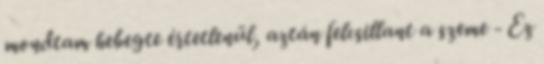
mondtam hebegte értetlenül, aztán felcsillant a szeme - Ez